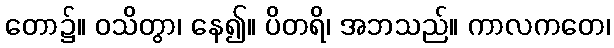
တော၌။ ဝသိတွာ၊ နေ၍။ ပိတရိ၊ အဘသည်။ ကာလကတေ၊